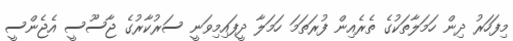
މިފަހަރު ދިން ހަމަލާތަކުގެ ތެރެއިން ފުރަތަމަ ހަމަލާ ދީފައިމިވަނީ ސަރުކާރުގެ ޖާސޫސީ އެޖެންސީ